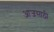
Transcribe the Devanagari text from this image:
आजसाठी